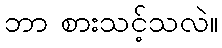
ဘာ စားသင့်သလဲ။